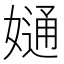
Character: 𡠙